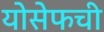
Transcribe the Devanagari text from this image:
योसेफची